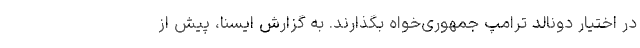
در اختیار دونالد ترامپ جمهوری‌خواه بگذارند. به گزارش ایسنا، پیش از